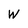
Character: W